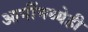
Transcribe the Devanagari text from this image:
आगींमध्येही